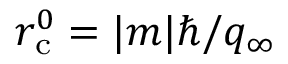
r _ { \mathrm { c } } ^ { 0 } = | m | \hbar / q _ { \infty }